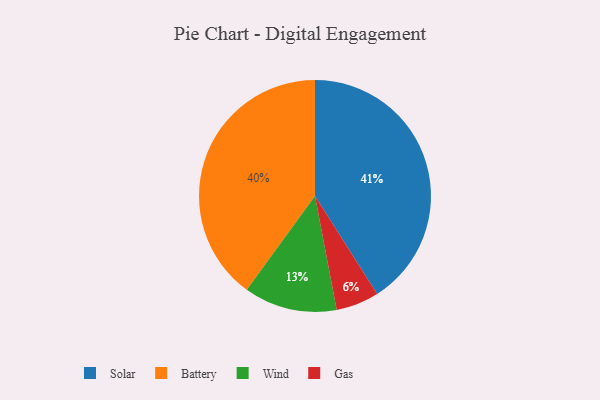
{"axis": {"x": "Category", "y": "Percentage"}, "legend": ["Battery", "Gas", "Solar", "Wind"], "data": [{"x": "Solar", "y": 41, "type": "Solar"}, {"x": "Battery", "y": 40, "type": "Battery"}, {"x": "Wind", "y": 13, "type": "Wind"}, {"x": "Gas", "y": 6, "type": "Gas"}]}